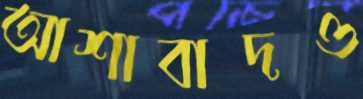
আশাবাদও